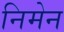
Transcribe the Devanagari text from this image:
निमेन